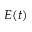
E ( t )